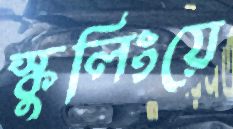
স্কুলিংয়ে